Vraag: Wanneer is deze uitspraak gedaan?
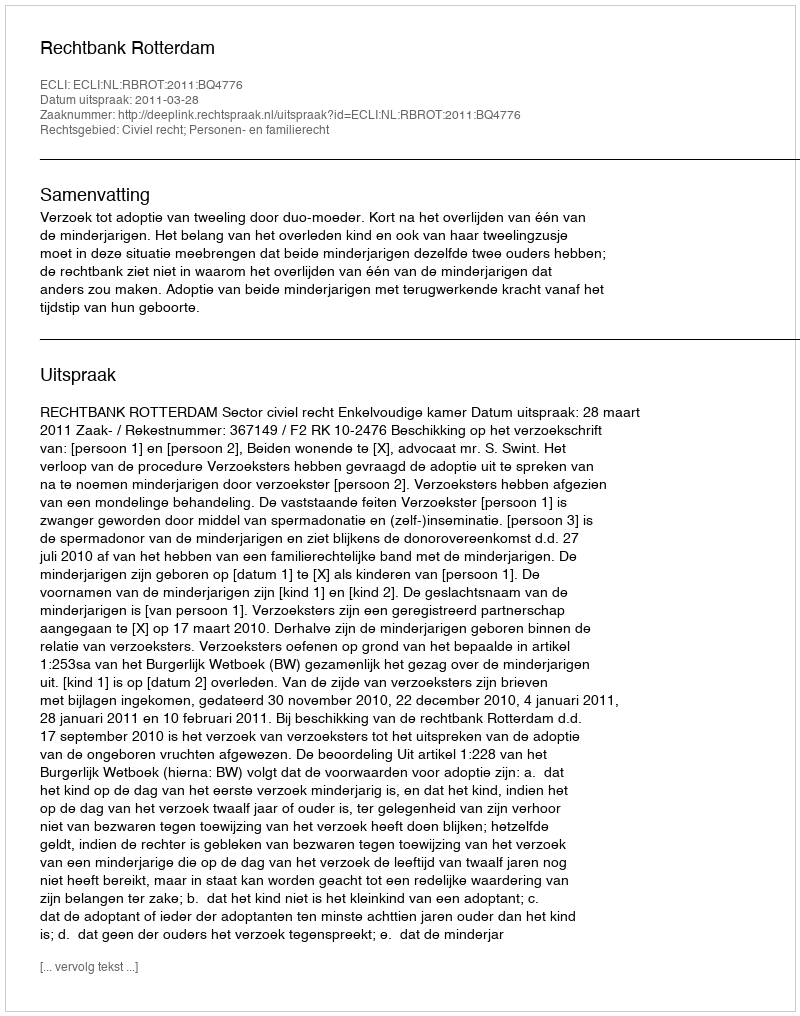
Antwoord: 2011-03-28